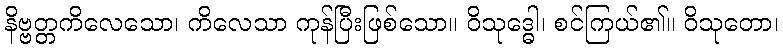
နိဗ္ဗတ္တကိလေသော၊ ကိလေသာ ကုန်ပြီးဖြစ်သော။ ဝိသုဒ္ဓေါ၊ စင်ကြယ်၏။ ဝိသုတော၊